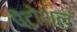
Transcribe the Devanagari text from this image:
पेंटोथल